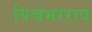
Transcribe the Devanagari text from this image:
विश्वंभरराव